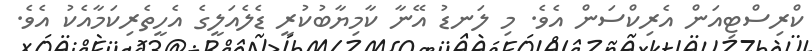
ކްރިސްޓިއަން އެރިކްސަން އެވެ. މި ލަނޑު އޭނާ ކާމިޔާބުކުރީ ޑެލެއަލީގެ އެހީތެރިކަމާއެކު އެވެ.